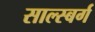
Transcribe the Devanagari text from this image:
साल्स्बर्ग